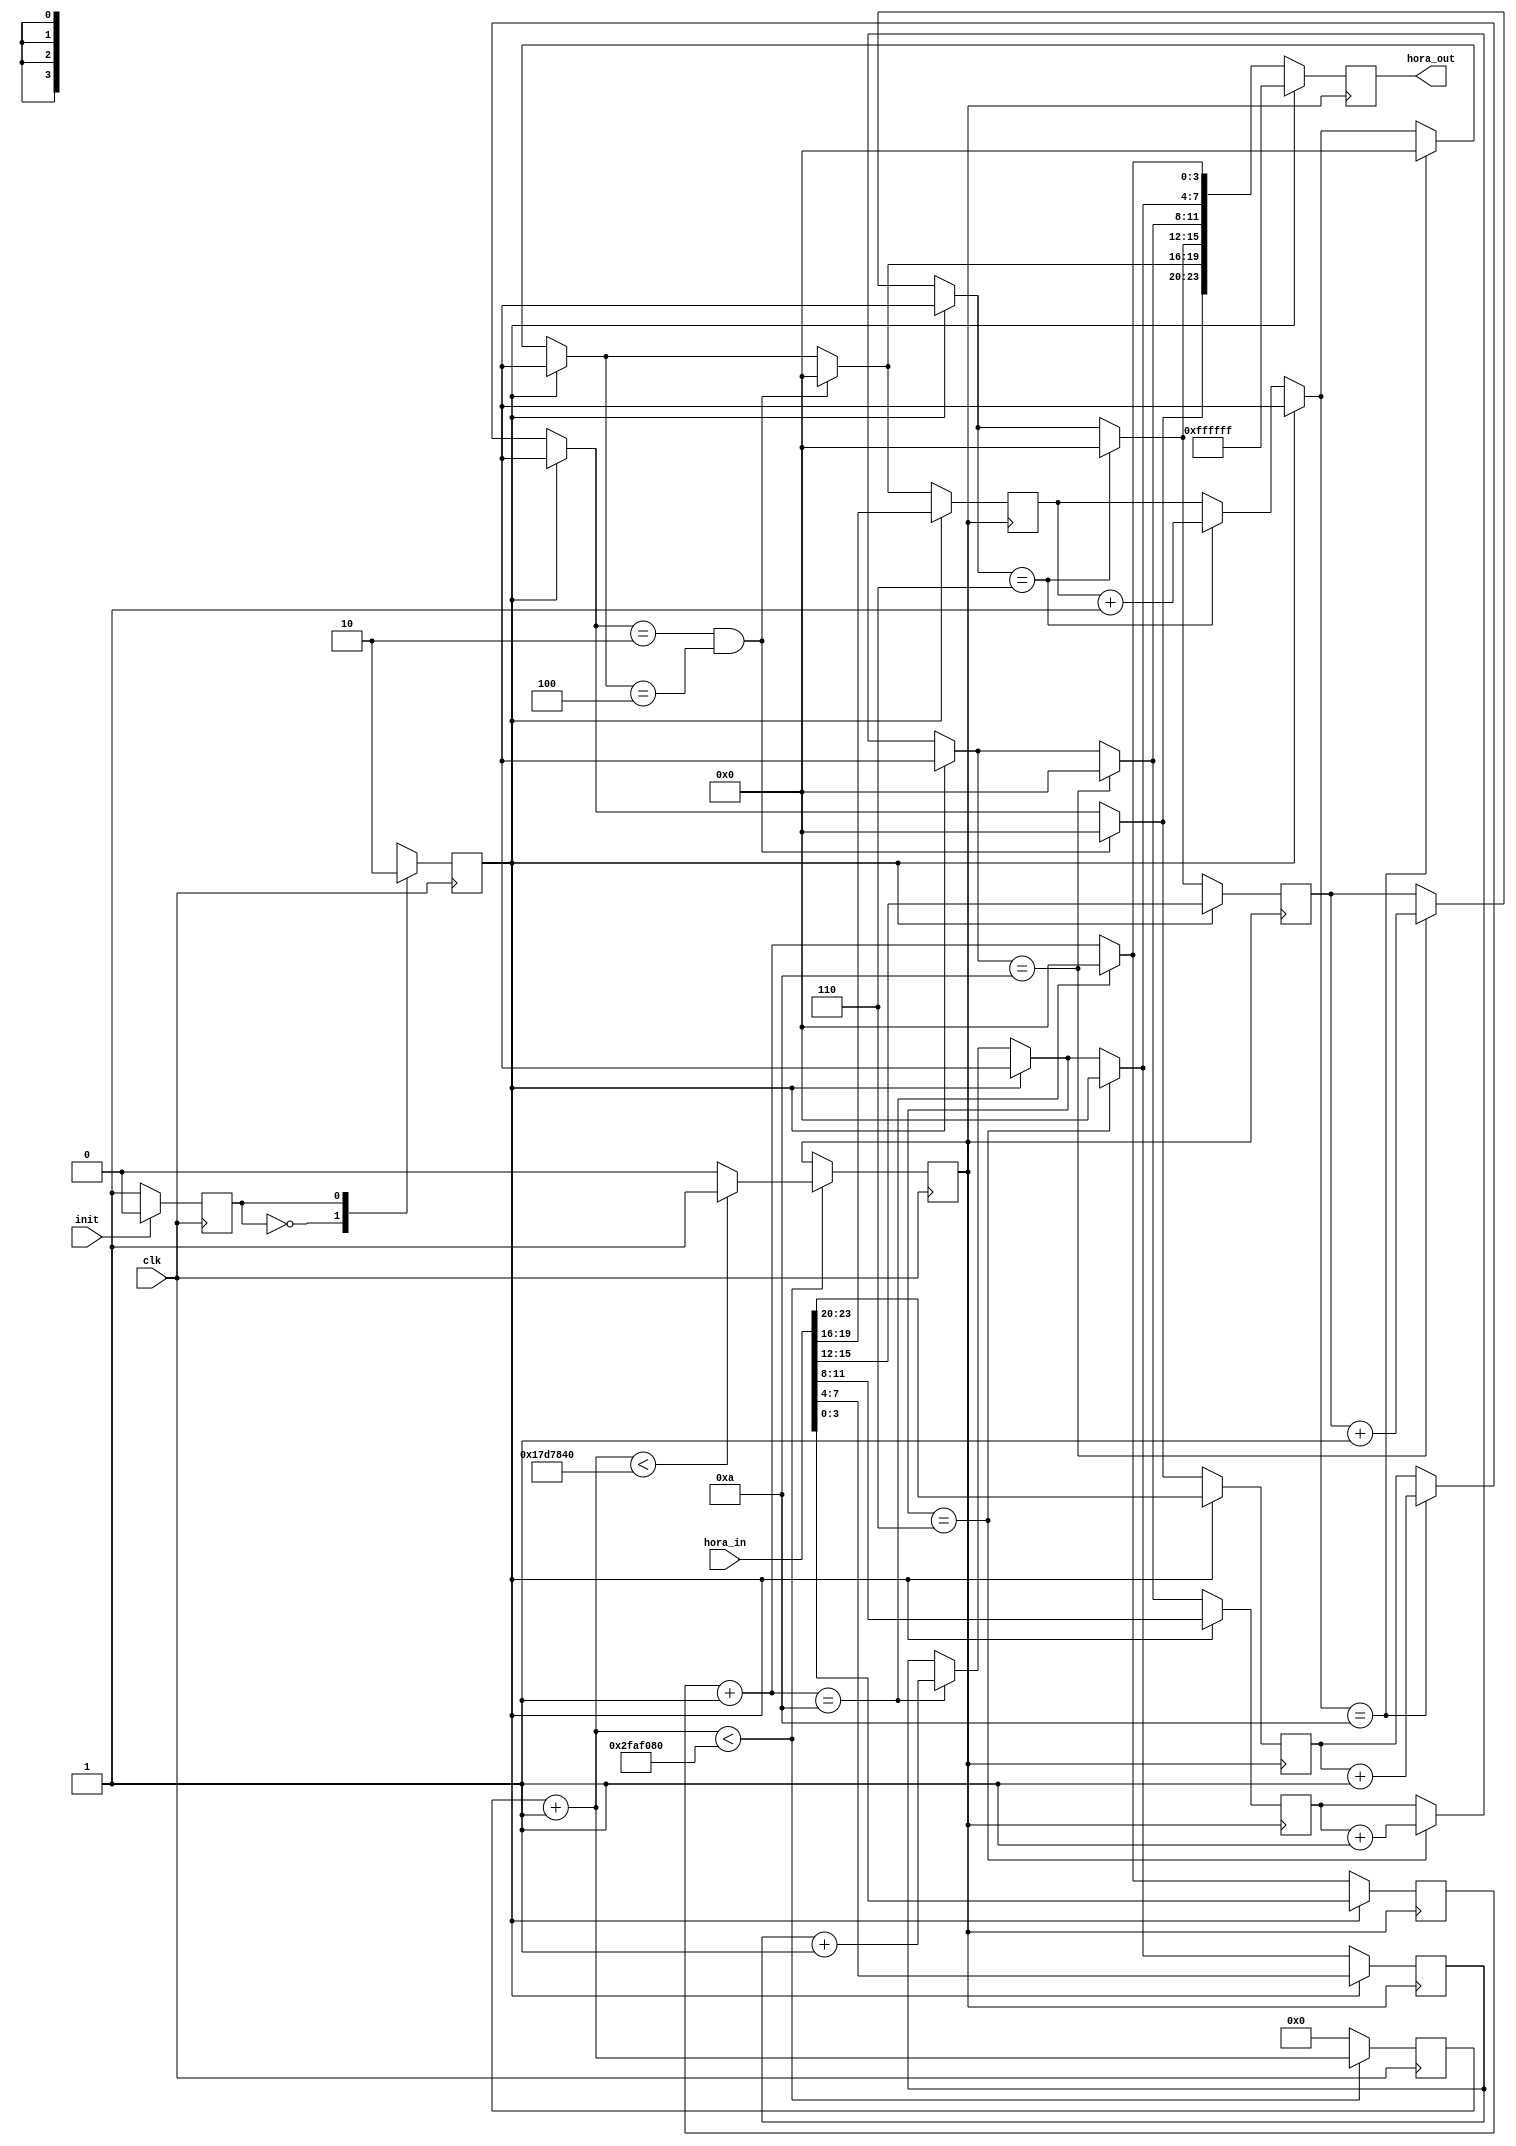
module Reloj(clk,init,hora_in,hora_out);

input clk;
input init;
input [23:0] hora_in;
output reg [23:0] hora_out;

reg [25:0] counter;
reg [3:0] us;
reg [3:0] ds;
reg [3:0] um;
reg [3:0] dm;
reg [3:0] uh;
reg [3:0] dh;
reg status;
reg configurando;
reg clk_s;
parameter CONFIGURAR=1'b0,CONTEO=1'b1;

initial begin
counter=26'b0;
us=4'b0;
ds=4'b0;
um=4'b0;
dm=4'b0;
uh=4'b0;
dh=4'b0;
status=CONFIGURAR;
configurando=1'b0;
clk_s=1'b0;
end


always@(posedge clk)begin //maquina de estados
	case(status)
		CONFIGURAR:begin
			configurando=1'b1;
			if(!init)begin
				status=CONTEO;
			end
		
		end
		CONTEO:begin
			configurando=1'b0;
			if(init)begin
				status=CONFIGURAR;
			end
		
		end
	endcase

end

always@(posedge clk)begin //clk con periodo de 1 segundo
	counter=counter+1;
	if(counter<50_000_000)begin
		if(counter<25_000_000)begin
			clk_s=1'b1;
		end
		else begin 
			clk_s=1'b0;
		end
	end
	else begin
		counter=0;
	end

end


always@(posedge clk_s)begin //estado CONTEO
	if(!configurando)begin
		us=us+1;
		if(us==10)begin
			us=0;
			ds=ds+1;
		end
		if(ds==6)begin
			ds=0;
			um=um+1;
		end
		if(um==10)begin
			um=0;
			dm=dm+1;
		end
		if(dm==6)begin
			dm=0;
			uh=uh+1;
		end
		if(uh==10)begin
			uh=0;
			dh=dh+1;
		end
		if(dh==2 && uh==4)begin
			uh=0;
			dh=0;
		end
		hora_out= {dh[3:0],uh[3:0],dm[3:0],um[3:0],ds[3:0],us[3:0]};
			
	end
	else begin
		hora_out=24'b111111111111111111111111;
		us=hora_in[3:0];
		ds=hora_in[7:4];
		um=hora_in[11:8];
		dm=hora_in[15:12];
		uh=hora_in[19:16];
		dh=hora_in[23:20];
	end



end

endmodule